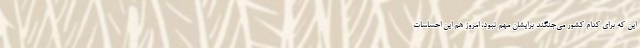
این که برای کدام کشور می‌جنگند برایشان مهم نبود، امروز هم این احساسات